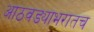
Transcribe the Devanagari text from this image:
आठवड्याभरातच